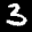
Label: 3